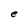
Character: e